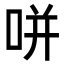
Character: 𭇴